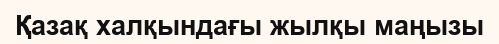
Қазақ халқындағы жылқы маңызы